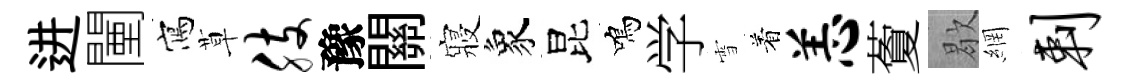
进闉寫草肢豫關寢象昆鳴学雪着恙藑歇網剌